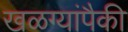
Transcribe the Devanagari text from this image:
खळग्यांपैकी